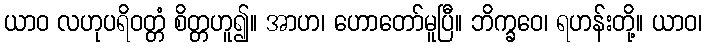
ယာဝ လဟုပရိဝတ္တံ စိတ္တဟူ၍။ အာဟ၊ ဟောတော်မူပြီ။ ဘိက္ခဝေ၊ ရဟန်းတို့။ ယာဝ၊